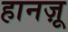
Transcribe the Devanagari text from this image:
हानज़ू